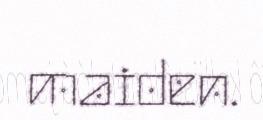
maiden.